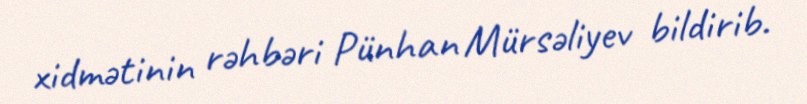
xidmətinin rəhbəri Pünhan Mürsəliyev bildirib.